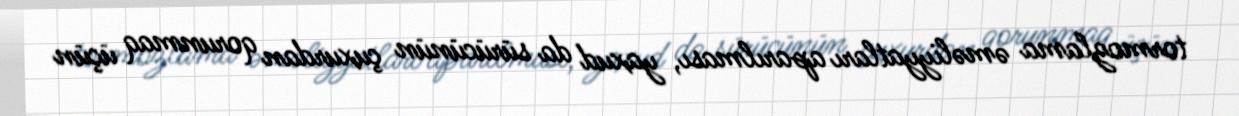
tormozlama əməliyyatları aparılması, yaxud da sürücünün çuxurdan qorunmaq üçün